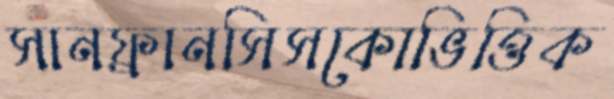
সানফ্রানসিসকোভিত্তিক